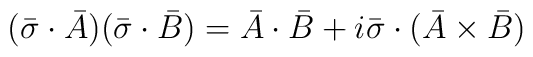
(\bar{\sigma}\cdot\bar{A})(\bar{\sigma}\cdot\bar{B})=\bar{A}\cdot\bar{B}+i\bar{\sigma}\cdot(\bar{A}\times\bar{B})